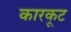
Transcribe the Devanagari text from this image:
कारकूट